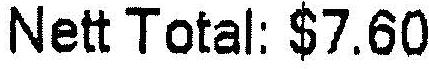
NETT TOTAL: $7.60